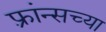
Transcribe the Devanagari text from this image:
फ़्रांन्सच्या